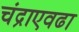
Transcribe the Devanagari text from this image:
चंद्राएवढा